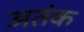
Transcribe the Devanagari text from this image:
अतंक